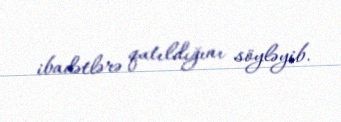
ibadətlərə qatıldığını söyləyib.